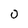
Character: 0